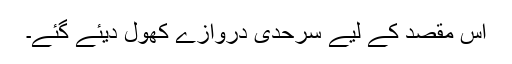
اس مقصد کے لیے سرحدی دروازے کھول دیئے گئے۔